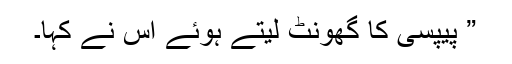
” پیپسی کا گھونٹ لیتے ہوئے اس نے کہا۔